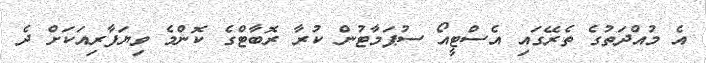
އެ މުއްދަތުގެ ތެރޭގައި އެސްޓީއޯ ސުޕަމާޓުން ކުރާ ރޮބާޓްގެ ކޮންމެ ވިޔަފާރިއަކަށް ދެ